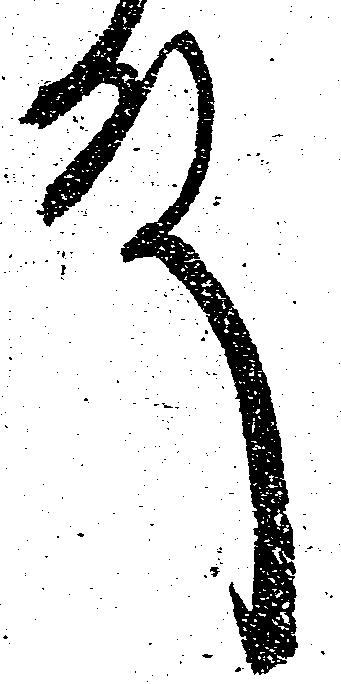
殿